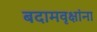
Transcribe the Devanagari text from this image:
बदामवृक्षांना